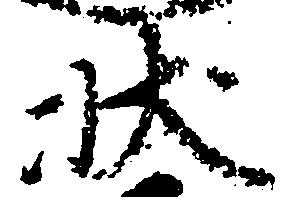
状